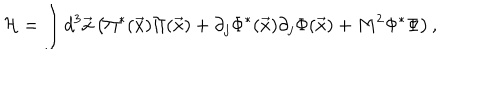
LaTeX: { \cal H } = \int d ^ { 3 } { \vec { x } } \left( \Pi ^ { * } ( { \vec { x } } ) \Pi ( { \vec { x } } ) + \partial _ { j } \Phi ^ { * } ( { \vec { x } } ) \partial _ { j } \Phi ( { \vec { x } } ) + M ^ { 2 } \Phi ^ { * } \Phi \right) ,